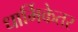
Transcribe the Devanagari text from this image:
धार्मिकेतर